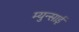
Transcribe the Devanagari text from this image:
म्युन्साई